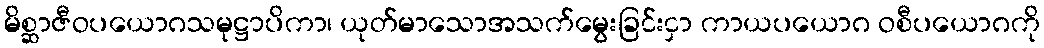
မိစ္ဆာဇီဝပယောဂသမုဋ္ဌာပိကာ၊ ယုတ်မာသောအသက်မွေးခြင်းငှာ ကာယပယောဂ ဝစီပယောဂကို